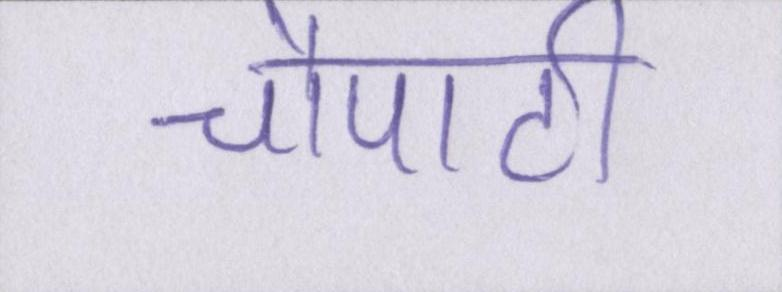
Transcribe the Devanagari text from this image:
चौपाटी